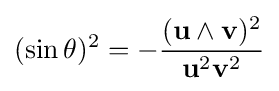
({\sin \theta })^{2}=-{\frac {(\mathbf {u} \wedge \mathbf {v} )^{2}}{{\mathbf {u} }^{2}{\mathbf {v} }^{2}}}